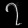
Digit: ၇